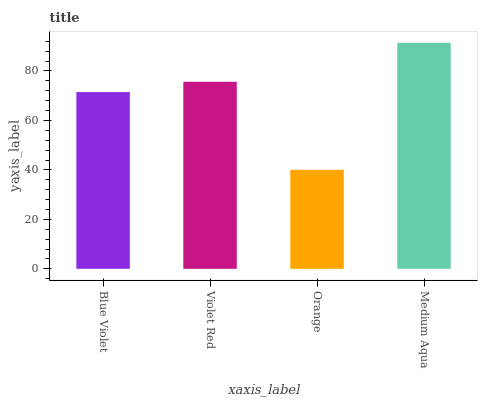
| xaxis_label | bars |
 | --- | --- |
 | Blue Violet | 71.5 |
 | Violet Red | 75.6 |
 | Orange | 40 |
 | Medium Aqua | 91.4 |